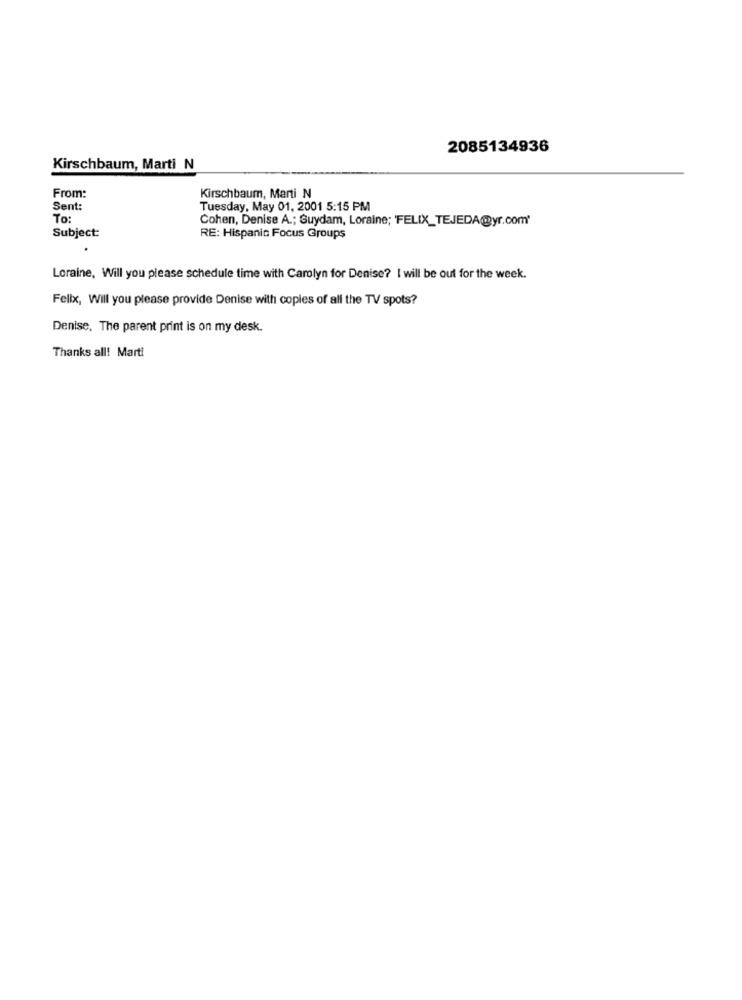
2085134936
Kirschbaum, Marti N
From:
Kirschbaum, Marti N
Sent:
Tuesday, May 01, 2001 5:15 PM
To
Cohen, Denise A .; Guydam, Loraine; FELIX_TEJEDA@yr.com'
Subject:
RE: Hispanic Focus Groups
Loraine, Will you please schedule time with Carolyn for Denise? I will be out for the week.
Felix, Will you please provide Denise with copies of all the TV spots?
Denise, The parent print is on my desk.
Thanks all! Marti